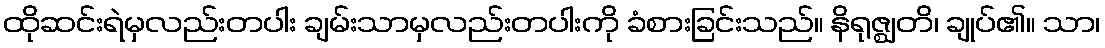
ထိုဆင်းရဲမှလည်းတပါး ချမ်းသာမှလည်းတပါးကို ခံစားခြင်းသည်။ နိရုဇ္ဈတိ၊ ချုပ်၏။ သာ၊